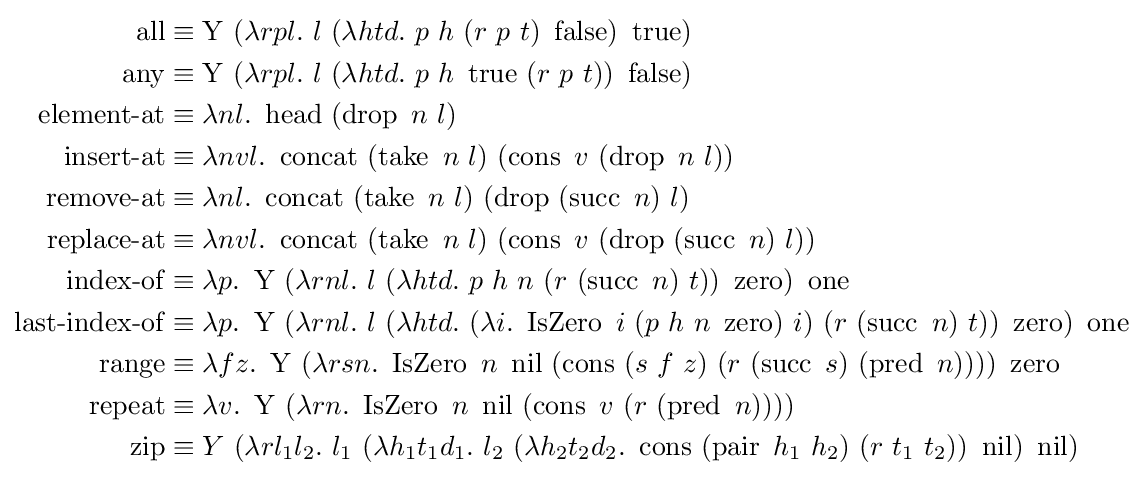
{\begin{aligned}\operatorname {all} &\equiv \operatorname {Y} \ (\lambda rpl.\ l\ (\lambda htd.\ p\ h\ (r\ p\ t)\ \operatorname {false} )\ \operatorname {true} )\\\operatorname {any} &\equiv \operatorname {Y} \ (\lambda rpl.\ l\ (\lambda htd.\ p\ h\ \operatorname {true} \ (r\ p\ t))\ \operatorname {false} )\\\operatorname {element-at} &\equiv \lambda nl.\ \operatorname {head} \ (\operatorname {drop} \ n\ l)\\\operatorname {insert-at} &\equiv \lambda nvl.\ \operatorname {concat} \ (\operatorname {take} \ n\ l)\ (\operatorname {cons} \ v\ (\operatorname {drop} \ n\ l))\\\operatorname {remove-at} &\equiv \lambda nl.\ \operatorname {concat} \ (\operatorname {take} \ n\ l)\ (\operatorname {drop} \ (\operatorname {succ} \ n)\ l)\\\operatorname {replace-at} &\equiv \lambda nvl.\ \operatorname {concat} \ (\operatorname {take} \ n\ l)\ (\operatorname {cons} \ v\ (\operatorname {drop} \ (\operatorname {succ} \ n)\ l))\\\operatorname {index-of} &\equiv \lambda p.\ \operatorname {Y} \ (\lambda rnl.\ l\ (\lambda htd.\ p\ h\ n\ (r\ (\operatorname {succ} \ n)\ t))\ \operatorname {zero} )\ \operatorname {one} \\\operatorname {last-index-of} &\equiv \lambda p.\ \operatorname {Y} \ (\lambda rnl.\ l\ (\lambda htd.\ (\lambda i.\ \operatorname {IsZero} \ i\ (p\ h\ n\ \operatorname {zero} )\ i)\ (r\ (\operatorname {succ} \ n)\ t))\ \operatorname {zero} )\ \operatorname {one} \\\operatorname {range} &\equiv \lambda fz.\ \operatorname {Y} \ (\lambda rsn.\ \operatorname {IsZero} \ n\ \operatorname {nil} \ (\operatorname {cons} \ (s\ f\ z)\ (r\ (\operatorname {succ} \ s)\ (\operatorname {pred} \ n))))\ \operatorname {zero} \\\operatorname {repeat} &\equiv \lambda v.\ \operatorname {Y} \ (\lambda rn.\ \operatorname {IsZero} \ n\ \operatorname {nil} \ (\operatorname {cons} \ v\ (r\ (\operatorname {pred} \ n))))\\\operatorname {zip} &\equiv Y\ (\lambda rl_{1}l_{2}.\ l_{1}\ (\lambda h_{1}t_{1}d_{1}.\ l_{2}\ (\lambda h_{2}t_{2}d_{2}.\ \operatorname {cons} \ (\operatorname {pair} \ h_{1}\ h_{2})\ (r\ t_{1}\ t_{2}))\ \operatorname {nil} )\ \operatorname {nil} )\\\end{aligned}}